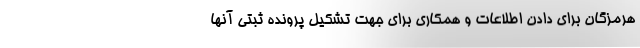
هرمزگان برای دادن اطلاعات و همکاری برای جهت تشکیل پرونده ثبتی آنها